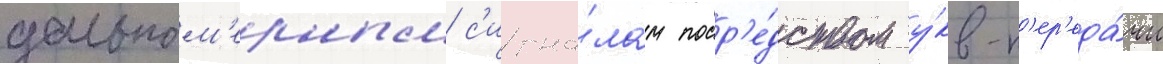
дальном'ерным с'игна́лам поср'е́дством у́кв-п'ер'еда́чи